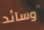
وسائد